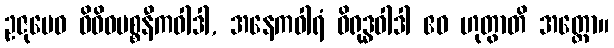
ဥဇုမေဝ ဝိဝိဓပစ္စနီကဝါဒါ, အနေကဝါရံ ဝိရုဒ္ဓဝါဒါ ဧဝ ဟုတွာတိ အတ္ထော။